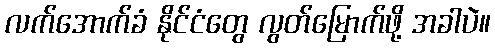
လက်အောက်ခံ နိုင်ငံတွေ လွတ်မြောက်ဖို့ အခါပဲ။